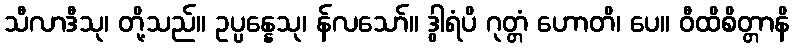
သီလာဒီသု၊ တို့သည်။ ဥပ္ပန္နေသု၊ န်လသော်။ ဒွါရံပိ ဂုတ္တံ ဟောတိ၊ ပေ။ ဝီထိစိတ္တာနိ